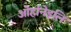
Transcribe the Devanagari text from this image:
ओर्हानेइलि